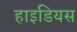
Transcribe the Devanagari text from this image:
हाइडियस